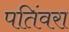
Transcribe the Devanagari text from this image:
पतिंवरा